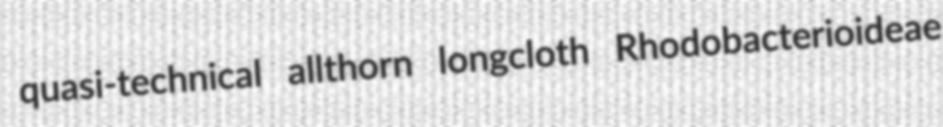
quasi-technical allthorn longcloth Rhodobacterioideae